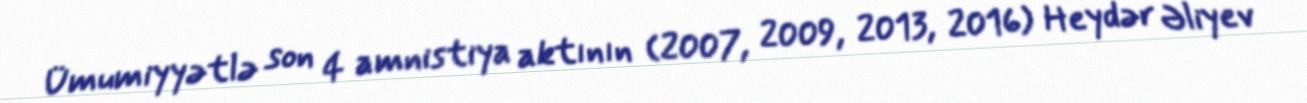
Ümumiyyətlə son 4 amnistiya aktının (2007, 2009, 2013, 2016) Heydər Əliyev